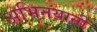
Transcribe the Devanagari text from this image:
अभिनयानी